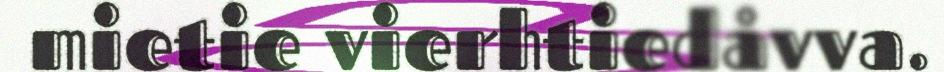
mietie vierhtiedåvva.